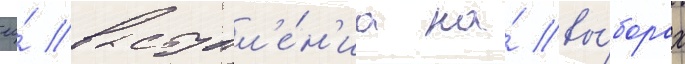
ео́ выступл'е́н'иа на́ вы́борах